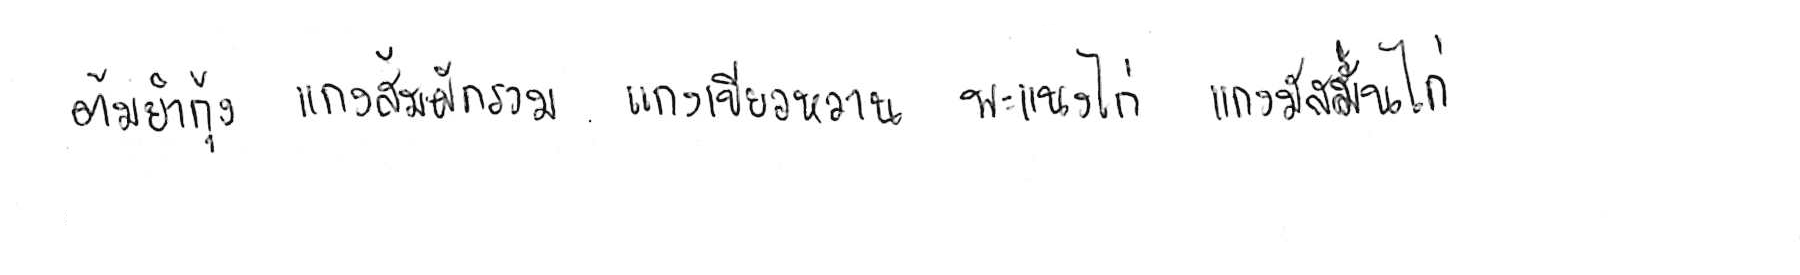
ต้มยำกุ้ง แกงส้มผักรวม แกงเขียวหวาน พะแนงไก่ แกงมัสมั่นไก่